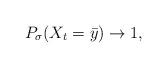
LaTeX: \begin{align*}P_\sigma(X_t = \bar y) \to 1, \end{align*}